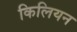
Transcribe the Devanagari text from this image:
किलियन